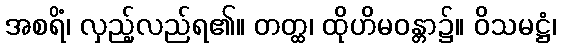
အစရိံ၊ လှည့်လည်ရ၏။ တတ္ထ၊ ထိုဟိမဝန္တာ၌။ ဝိသမဋ္ဌံ၊